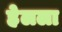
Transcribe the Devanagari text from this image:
हेलला